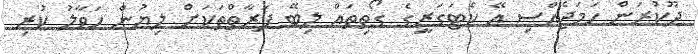
ދޫކުރަން ހަމަޖެއްސި އޭ ކެޓަގަރީގެ ގޯތިތައް ލިބޭ ފަރާތްތަކަށް ލިޔުން ހަވާލު ކުރި